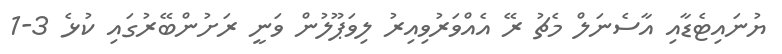
ޔުނައިޓެޑާއި އާސެނަލް މެޗު ރޭ އެއްވަރުވިއިރު ލިވަޕޫލުން ވަނީ ރަށުންބޭރުގައި ކުޅެ 3-1